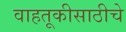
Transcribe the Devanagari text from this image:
वाहतूकीसाठीचे